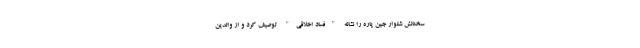
سخنانش شلوار جین‌ پاره را نشانه "فساد اخلاقی" توصیف کرد و از والدین